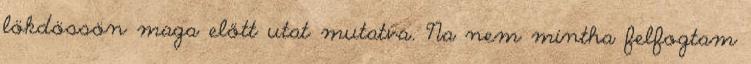
lökdössön maga előtt utat mutatva. Na nem mintha felfogtam